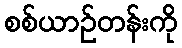
စစ်ယာဉ်တန်းကို